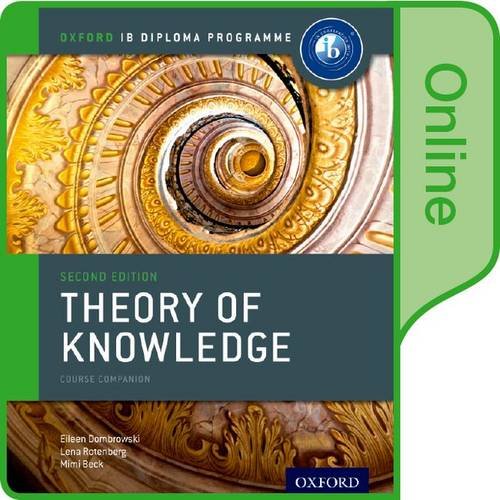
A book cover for IB Theory of Knowledge Online Course Book: Oxford IB Diploma Program; Eileen Dombrowski; Teen & Young Adult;